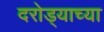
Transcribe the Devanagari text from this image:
दरोड्याच्या